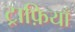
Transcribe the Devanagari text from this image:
ट्राफ़ियाँ